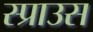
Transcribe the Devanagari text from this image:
स्प्राउस